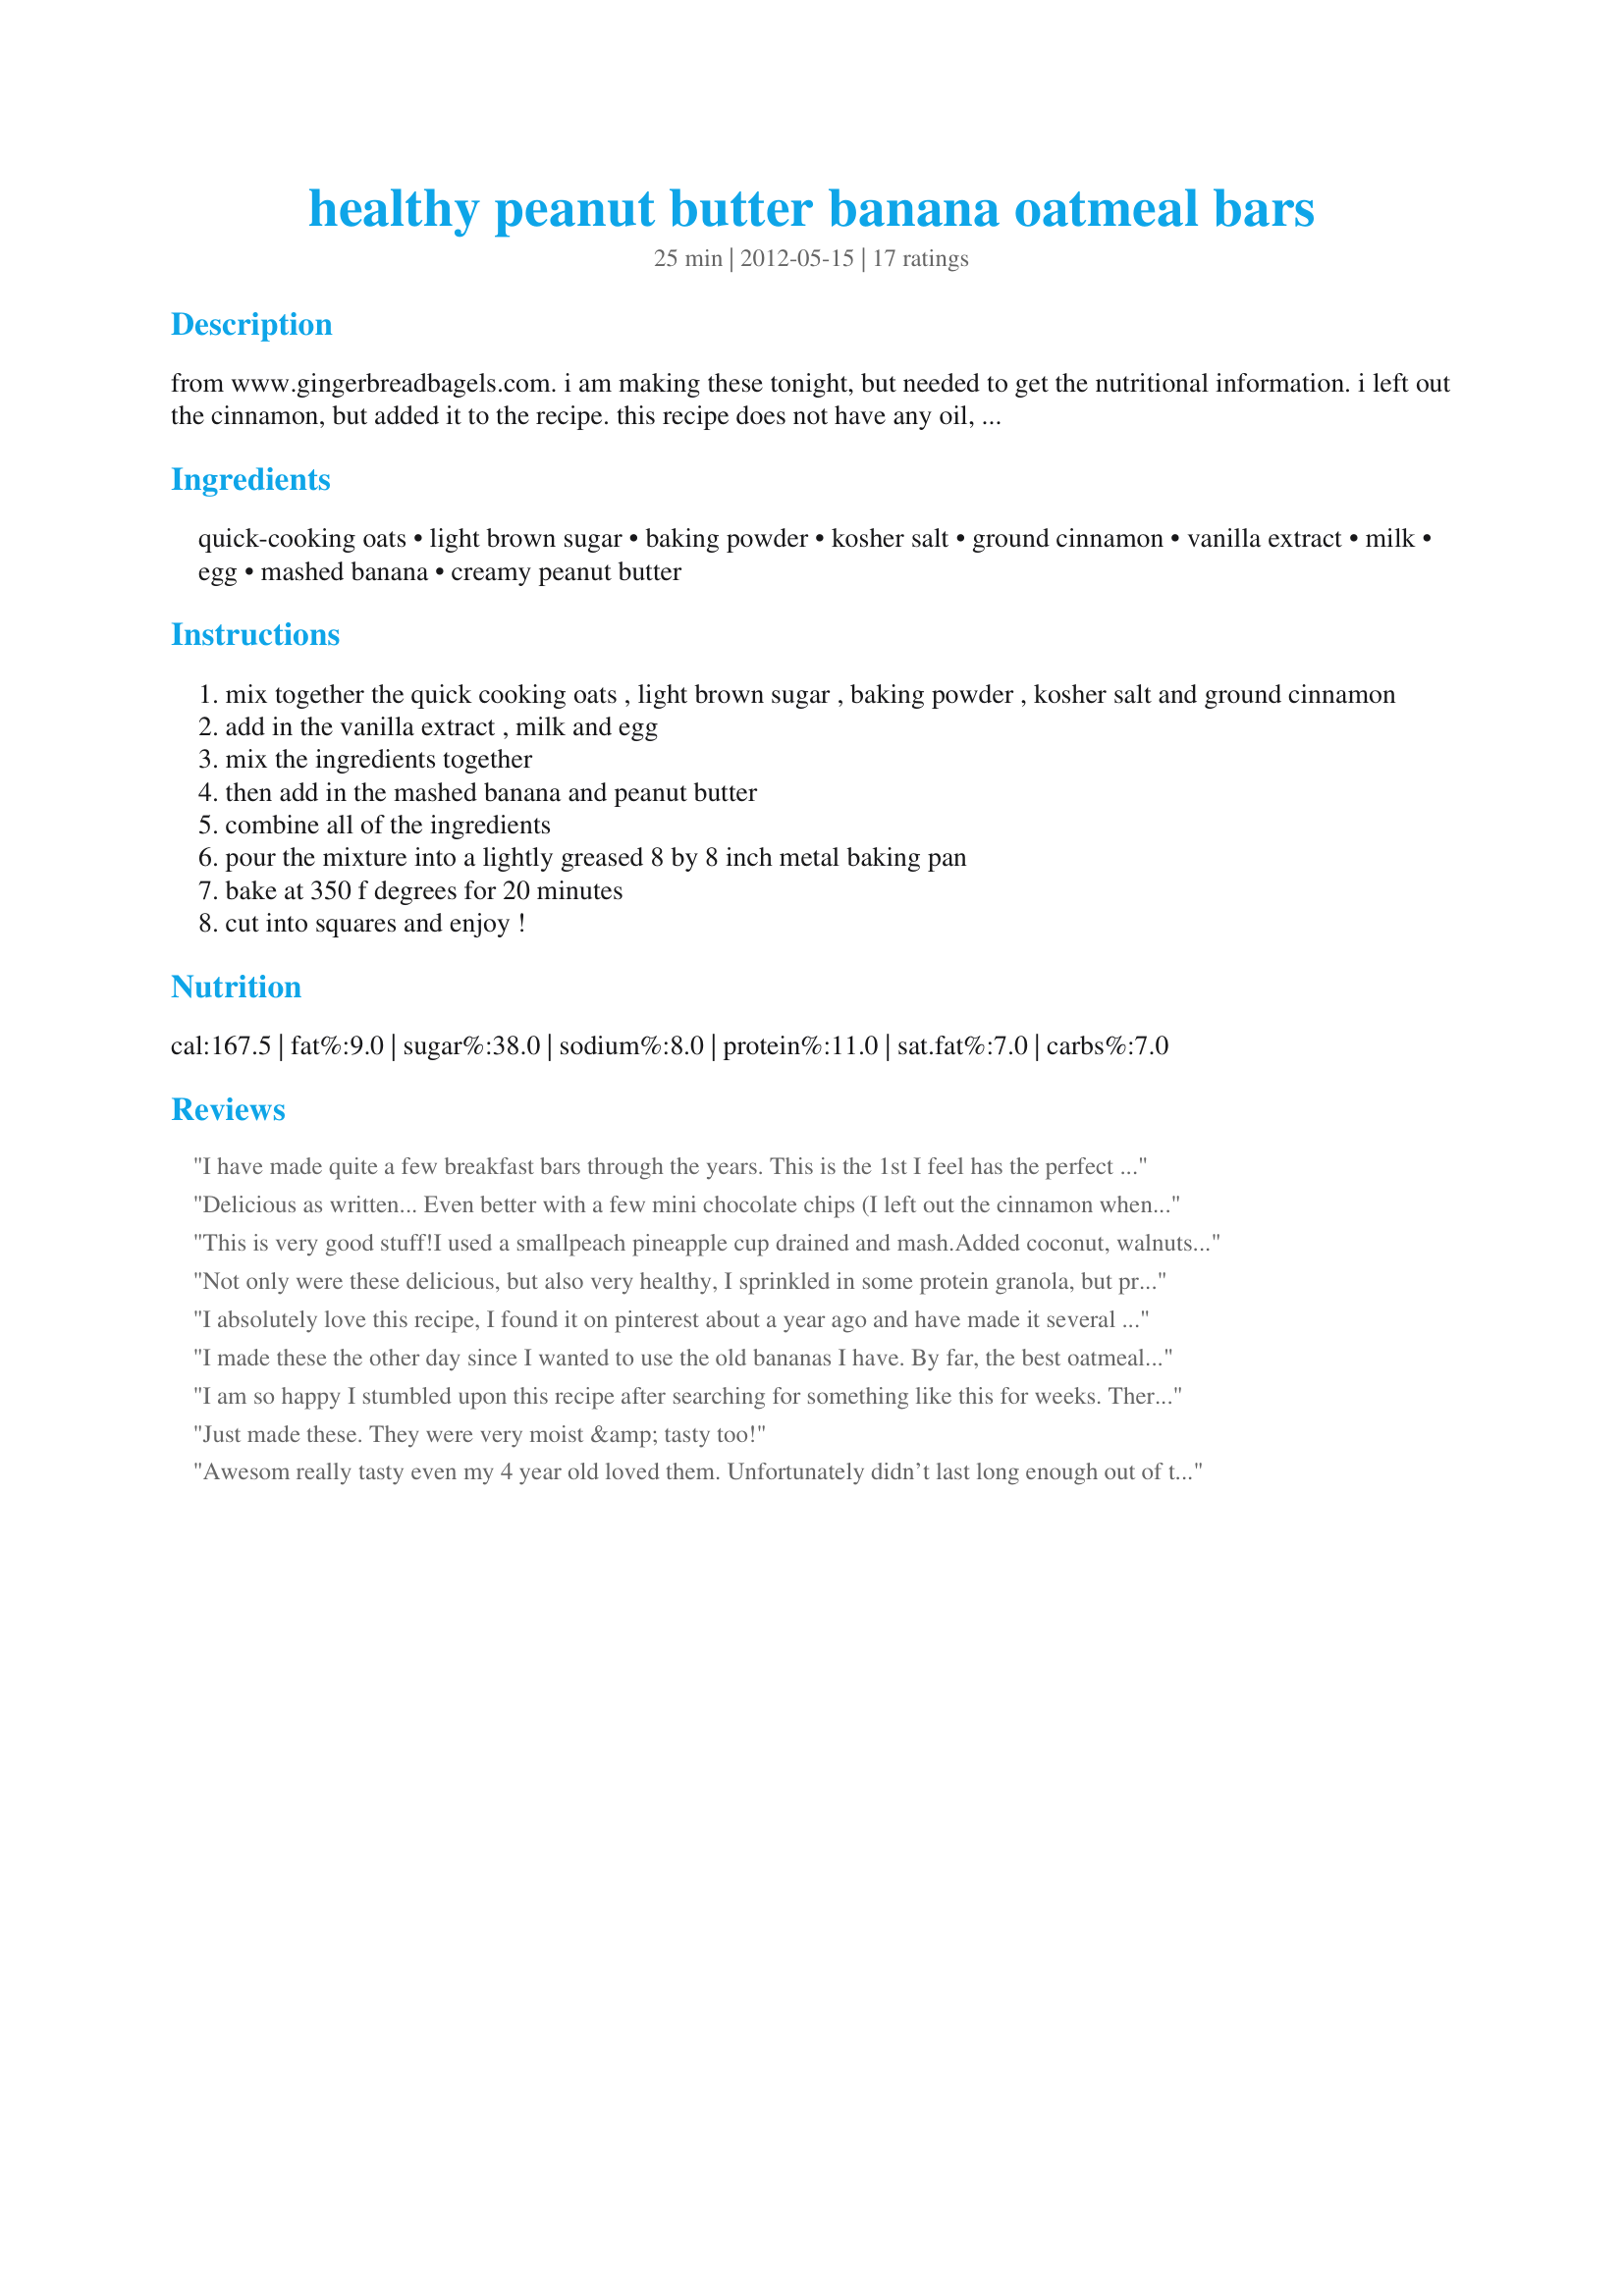
healthy peanut butter banana oatmeal bars
Preparation time: 25 minutes

from www.gingerbreadbagels.com. i am making these tonight, but needed to get the nutritional information. i left out the cinnamon, but added it to the recipe. this recipe does not have any oil, butter or pounds of sugar. in fact there’s only 1/4 cup of brown sugar.

Ingredients:
quick-cooking oats, light brown sugar, baking powder, kosher salt, ground cinnamon, vanilla extract, milk, egg, mashed banana, creamy peanut butter

Steps:
mix together the quick cooking oats , light brown sugar , baking powder , kosher salt and ground cinnamon
add in the vanilla extract , milk and egg
mix the ingredients together
then add in the mashed banana and peanut butter
combine all of the ingredients
pour the mixture into a lightly greased 8 by 8 inch metal baking pan
bake at 350 f degrees for 20 minutes
cut into squares and enjoy !

Reviews:
I have made quite a few breakfast bars through the years. This is the 1st I feel has the perfect flavor and such a satisfying consistency! I couldn't believe they were even better hours later than right out of the oven! The texture became PERFECT! Just enough bite! The second time I made them I made a double batch. I used one banana but since it was a double batch and I only had one banana I used apple sauce in the same measurement (appx.) I LOVED the applesauce /banana batch so much more because it tempered the banana flavor just enough so I could taste more nut flavor! Perfect now! I highly rec a double batch with 1/2 applesauce + 1/2 banana! I believe these are going to be an almost daily breakfast for our family. Oh-- I once added 1/2 handful of milk choc chips to a double batch--- just enough to make it wow without adding too much choc. It didn't detract from the oat bar at all and didn't make me wish for more choc either.
Delicious as written... Even better with a few mini chocolate chips (I left out the cinnamon when adding chocolate). Great breakfast or after school snack for the kids!
This is very good stuff!I used a smallpeach pineapple cup drained and mash.Added coconut, walnuts and some pecans on top.baked 30 min.yummy, and white chocolate chips.
Not only were these delicious, but also very healthy, I sprinkled in some protein granola, but protein powder would also work, I also substituted the brown sugar with 6 packets of Splenda and used 1% milk!
I absolutely love this recipe, I found it on pinterest about a year ago and have made it several times since! They are so easy and quick to make! These are about 120 calories per square (and the squares are big!), are high in protein and fiber, and low in sugar and fat. I love to eat them for breakfast or as a post work-out snack. If you want to make them a little more yummy drop a few spoonfuls of strawberry jam on top before baking and they become PB&amp;J bars! YUM!
I made these the other day since I wanted to use the old bananas I have. By far, the best oatmeal bars I have ever made! It’s easy to make, tasty and healthy - the fiber from oats, potassium from the bananas (I put 2), the protein and healthy fats from the peanut butter. I also added some raisins and chocolate chips to give it some extra flavor. Wow - I have to say.. this is the best dessert thing I’ve ever made! Next time, I’ll add some protein powder for more protein. I’ve been taking this to the gym with me after my WODs (I go crossfit) and Man, this is so tasty and so rewarding after a nice sweaty session. Thanks for sharing!! I’m making these on the regular from now on!
I am so happy I stumbled upon this recipe after searching for something like this for weeks. There is a smilier square at a bake shop my husband likes and he has been bugging me for a while to recreate it. It turned out well, but whatever you do, do not add flour of any kind! I thought, oh a smidgen won't hurt.. how wrong I was I had to bake them for fifteen extra minutes and it just wasn't worth it. I think next time I will substitute honey for the peanut butter though to make it more similar to the bake shops square.
Just made these. They were very moist &amp; tasty too!
Awesom really tasty even my 4 year old loved them. Unfortunately didn’t last long enough out of the tin before kids started on them so couldn’t get a photo of all in situ. :-)
These are really good. I added in some ground flax seed and raisins to make them even healthier.
The last two weeks have been a constant battle to make myself eat, with early pregnancy hormones causing a majority of foods to turn my stomach. THESE, however, are a huge victory! They taste great, and the whole grains and fiber help to settle my stomach, PLUS the protein and fruit are a much needed bonus (I love bananas, but even eating a whole one proved to be impossible lol). Excited to have found a tasty source of the nutrients I've been lacking. These will be a regular part of my breakfast/snacks for the next few weeks for sure.
eh, they were pretty bland. also, they had a weird texture that didnt work well.
I made these with half the sugar, double the cinnamon, an extra banana and natural peanut butter and they are great. Not very sweet but a good breakfast option. Next time I'll omit the sugar completely!
I modified this recipe by exchanging agave nectar for the brown sugar (same amount), and baking in mini muffin tins (same temp, about 15-20 minutes). Also before baking, I place one chocolate chunk chip on each muffin and when they come out of the oven, spread it over the top to create a sort of chocolate &quot;frosting&quot;, but still with only minimal added sugar. Be sure to freeze as they go bad quickly, but they are wonderful morning treats with coffee.
I&#039;m sorry, but I really wasn&#039;t a fan of these. They seemed kind of bland. I used 2 small bananas and dark brown sugar since that&#039;s what I had. I also had to bake them an extra 10+ minutes. They weren&#039;t horrible, but I probably won&#039;t make them again. I&#039;m taking them to a party, so we&#039;ll see if others like them.
Yummm...I really like these. I'm not gonna lie, they do taste healthy, but in a good way. Just sweet enough to be enjoyable and just the right balance of PB and banana flavors. I had to bake mine for about 35 mins., I used two smaller bananas that were on the edge. I'm looking forward to having one for breakfast with coffee. Thanks for posting the recipe.
